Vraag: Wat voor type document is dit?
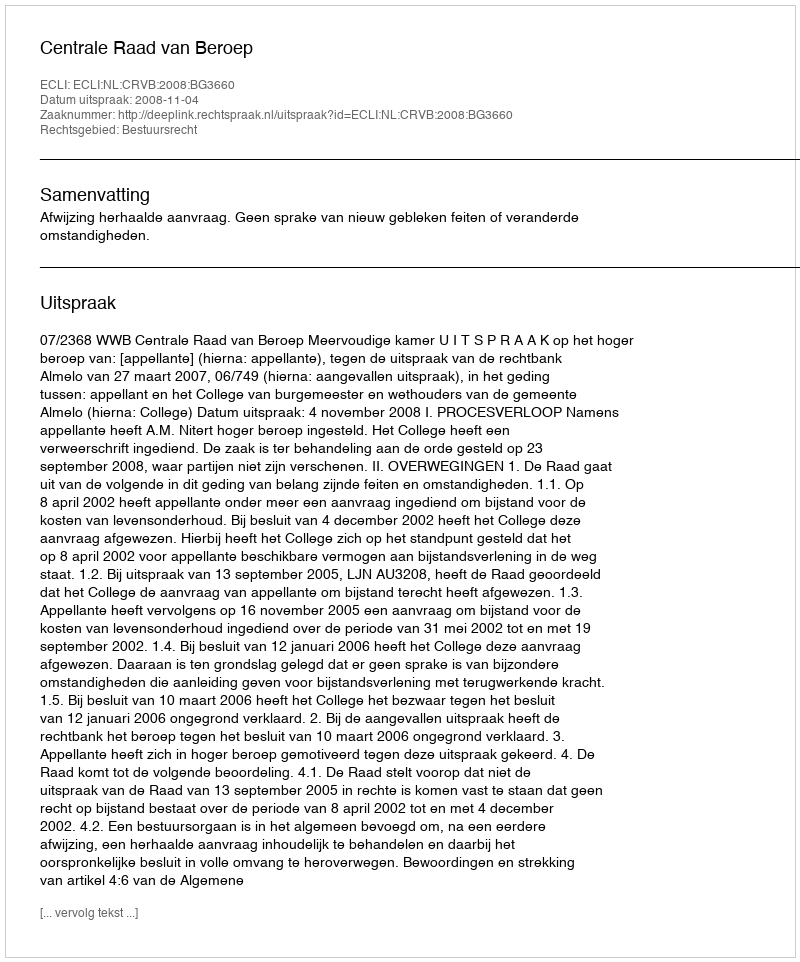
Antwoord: Uitspraak